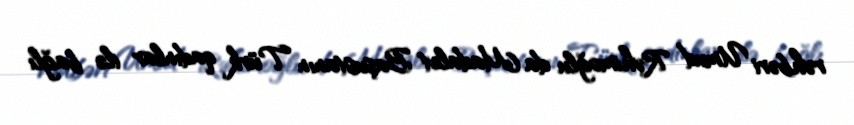
rəhbəri Umud Rəhimoğlu da Madalet Başustanın Türk qadınlar ilə bağlı